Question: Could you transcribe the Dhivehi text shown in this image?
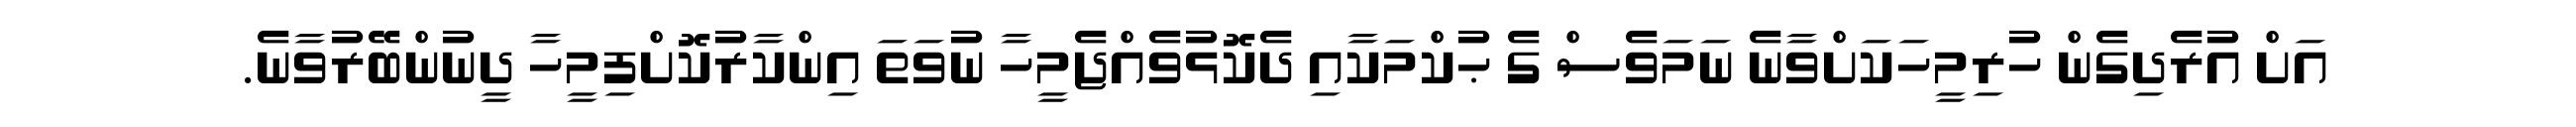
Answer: އަށް އުރެދިގެން ހުރިމީހަކަށްވާނެ ނަމަވެސް ގެ ޙުކްމަކާއި ދެކޮޅުވެއްޖެމީހާ ނުވަތަ އިންކާރުކޮށްފިމީހާ ދީނުންބޭރުވާނެ.